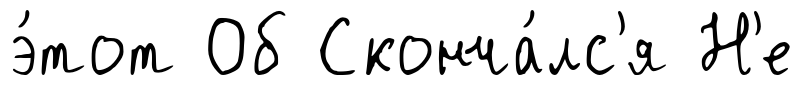
э́тот Об Сконча́лс'я Н'е